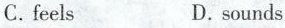
C.feels D.sounds